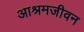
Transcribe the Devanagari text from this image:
आश्रमजीवन